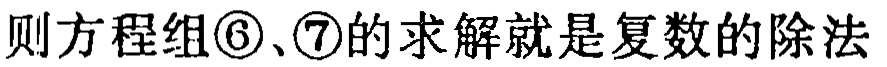
则方程组\textcircled{6}、\textcircled{7}的求解就是复数的除法